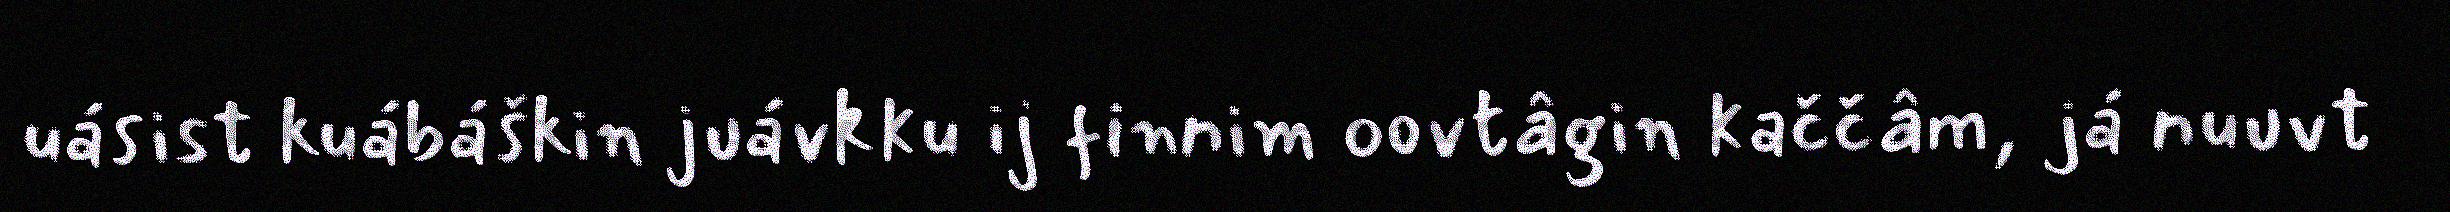
uásist kuábáškin juávkku ij finnim oovtâgin kaččâm, já nuuvt